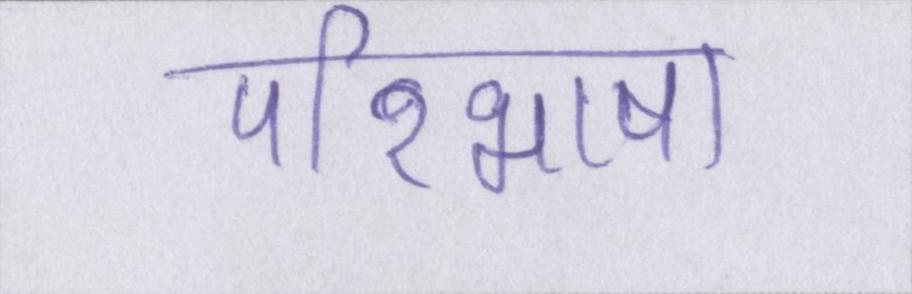
परिभाषा